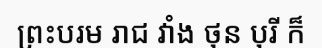
ព្រះបរម រាជ វាំង ថុន បុរី ក៏